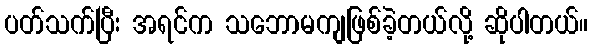
ပတ်သက်ပြီး အရင်က သဘောမကျဖြစ်ခဲ့တယ်လို့ ဆိုပါတယ်။